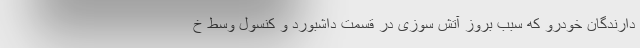
دارندگان خودرو که سبب بروز آتش سوزی در قسمت داشبورد و کنسول وسط خ